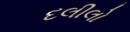
દલીલો